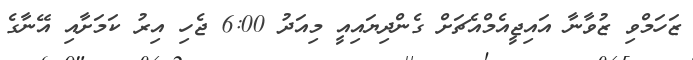
ޒަހަމްވި ޒުވާނާ އައިޖީއެމްއެޗަށް ގެންދިޔައިއީ މިއަދު 6:00 ޖެހި އިރު ކަމަށާއި އޭނާގެ